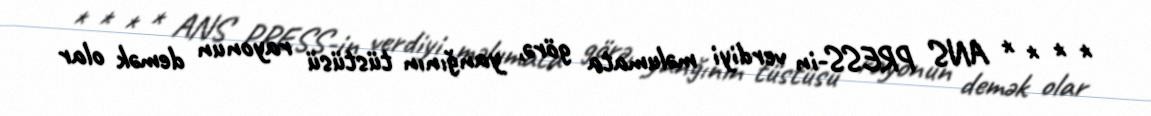
* * * * ANS PRESS-in verdiyi məlumata görə, yanğının tüstüsü rayonun demək olar